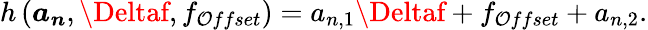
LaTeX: h\left(\boldsymbol{a_{n}},\Deltaf,f_{\mathcal{O}ffset}\right)=a_{n,1}\Deltaf+f_{\mathcal{O}ffset}+a_{n,2}.